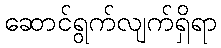
ဆောင်ရွက်လျက်ရှိရာ